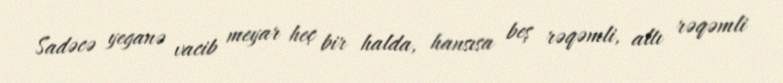
Sadəcə yeganə vacib meyar heç bir halda, hansısa beş rəqəmli, altı rəqəmli